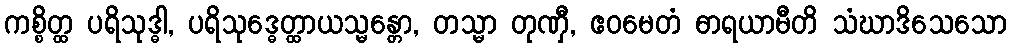
ကစ္စိတ္ထ ပရိသုဒ္ဓါ, ပရိသုဒ္ဓေတ္ထာယသ္မန္တော, တသ္မာ တုဏှီ, ဧဝမေတံ ဓာရယာမီတိ သံဃာဒိသေသော